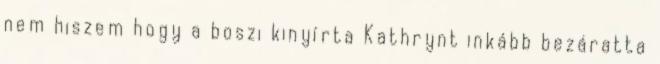
nem hiszem hogy a boszi kinyírta Kathrynt inkább bezáratta